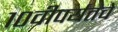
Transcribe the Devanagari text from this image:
१०वीपर्यंतचे